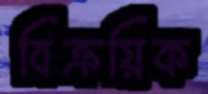
বিক্রয়িক